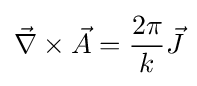
{\vec {\nabla }}\times {\vec {A}}={\frac {2\pi }{k}}{\vec {J}}